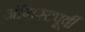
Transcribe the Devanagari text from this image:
ऑगस्टपूर्वी